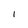
Character: I